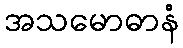
အသမောဓာနံ